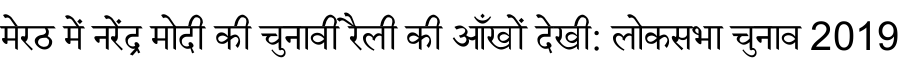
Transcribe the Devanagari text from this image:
मेरठ में नरेंद्र मोदी की चुनावी रैली की आँखों देखी: लोकसभा चुनाव 2019